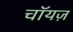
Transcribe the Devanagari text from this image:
चॉयज़